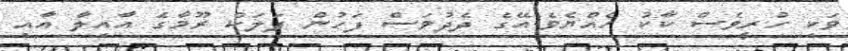
ވަކި ހުރީވެސް ކާކު ހެއްޔެވެ.އޭގެ ދެދުވަސް ފަހުން ފަލަކް ރޫމާގެ އާއިލާ އާއި